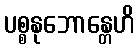
ပစ္စနုဘောန္တေဟိ